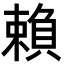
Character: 賴